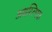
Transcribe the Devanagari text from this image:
अधय्त्मिक